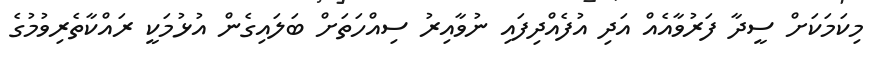
މިކަމަކަށް ސީދާ ފަރުވާއެއް އަދި އުފެއްދިފައި ނުވާއިރު ސިއްހަތަށް ބަލައިގެން އުޅުމަކީ ރައްކާތެރިވުމުގެ